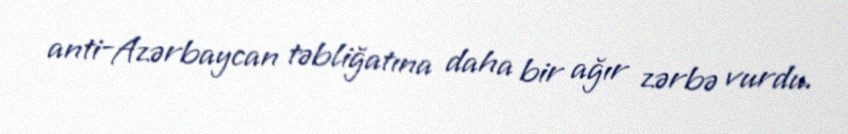
anti-Azərbaycan təbliğatına daha bir ağır zərbə vurdu.